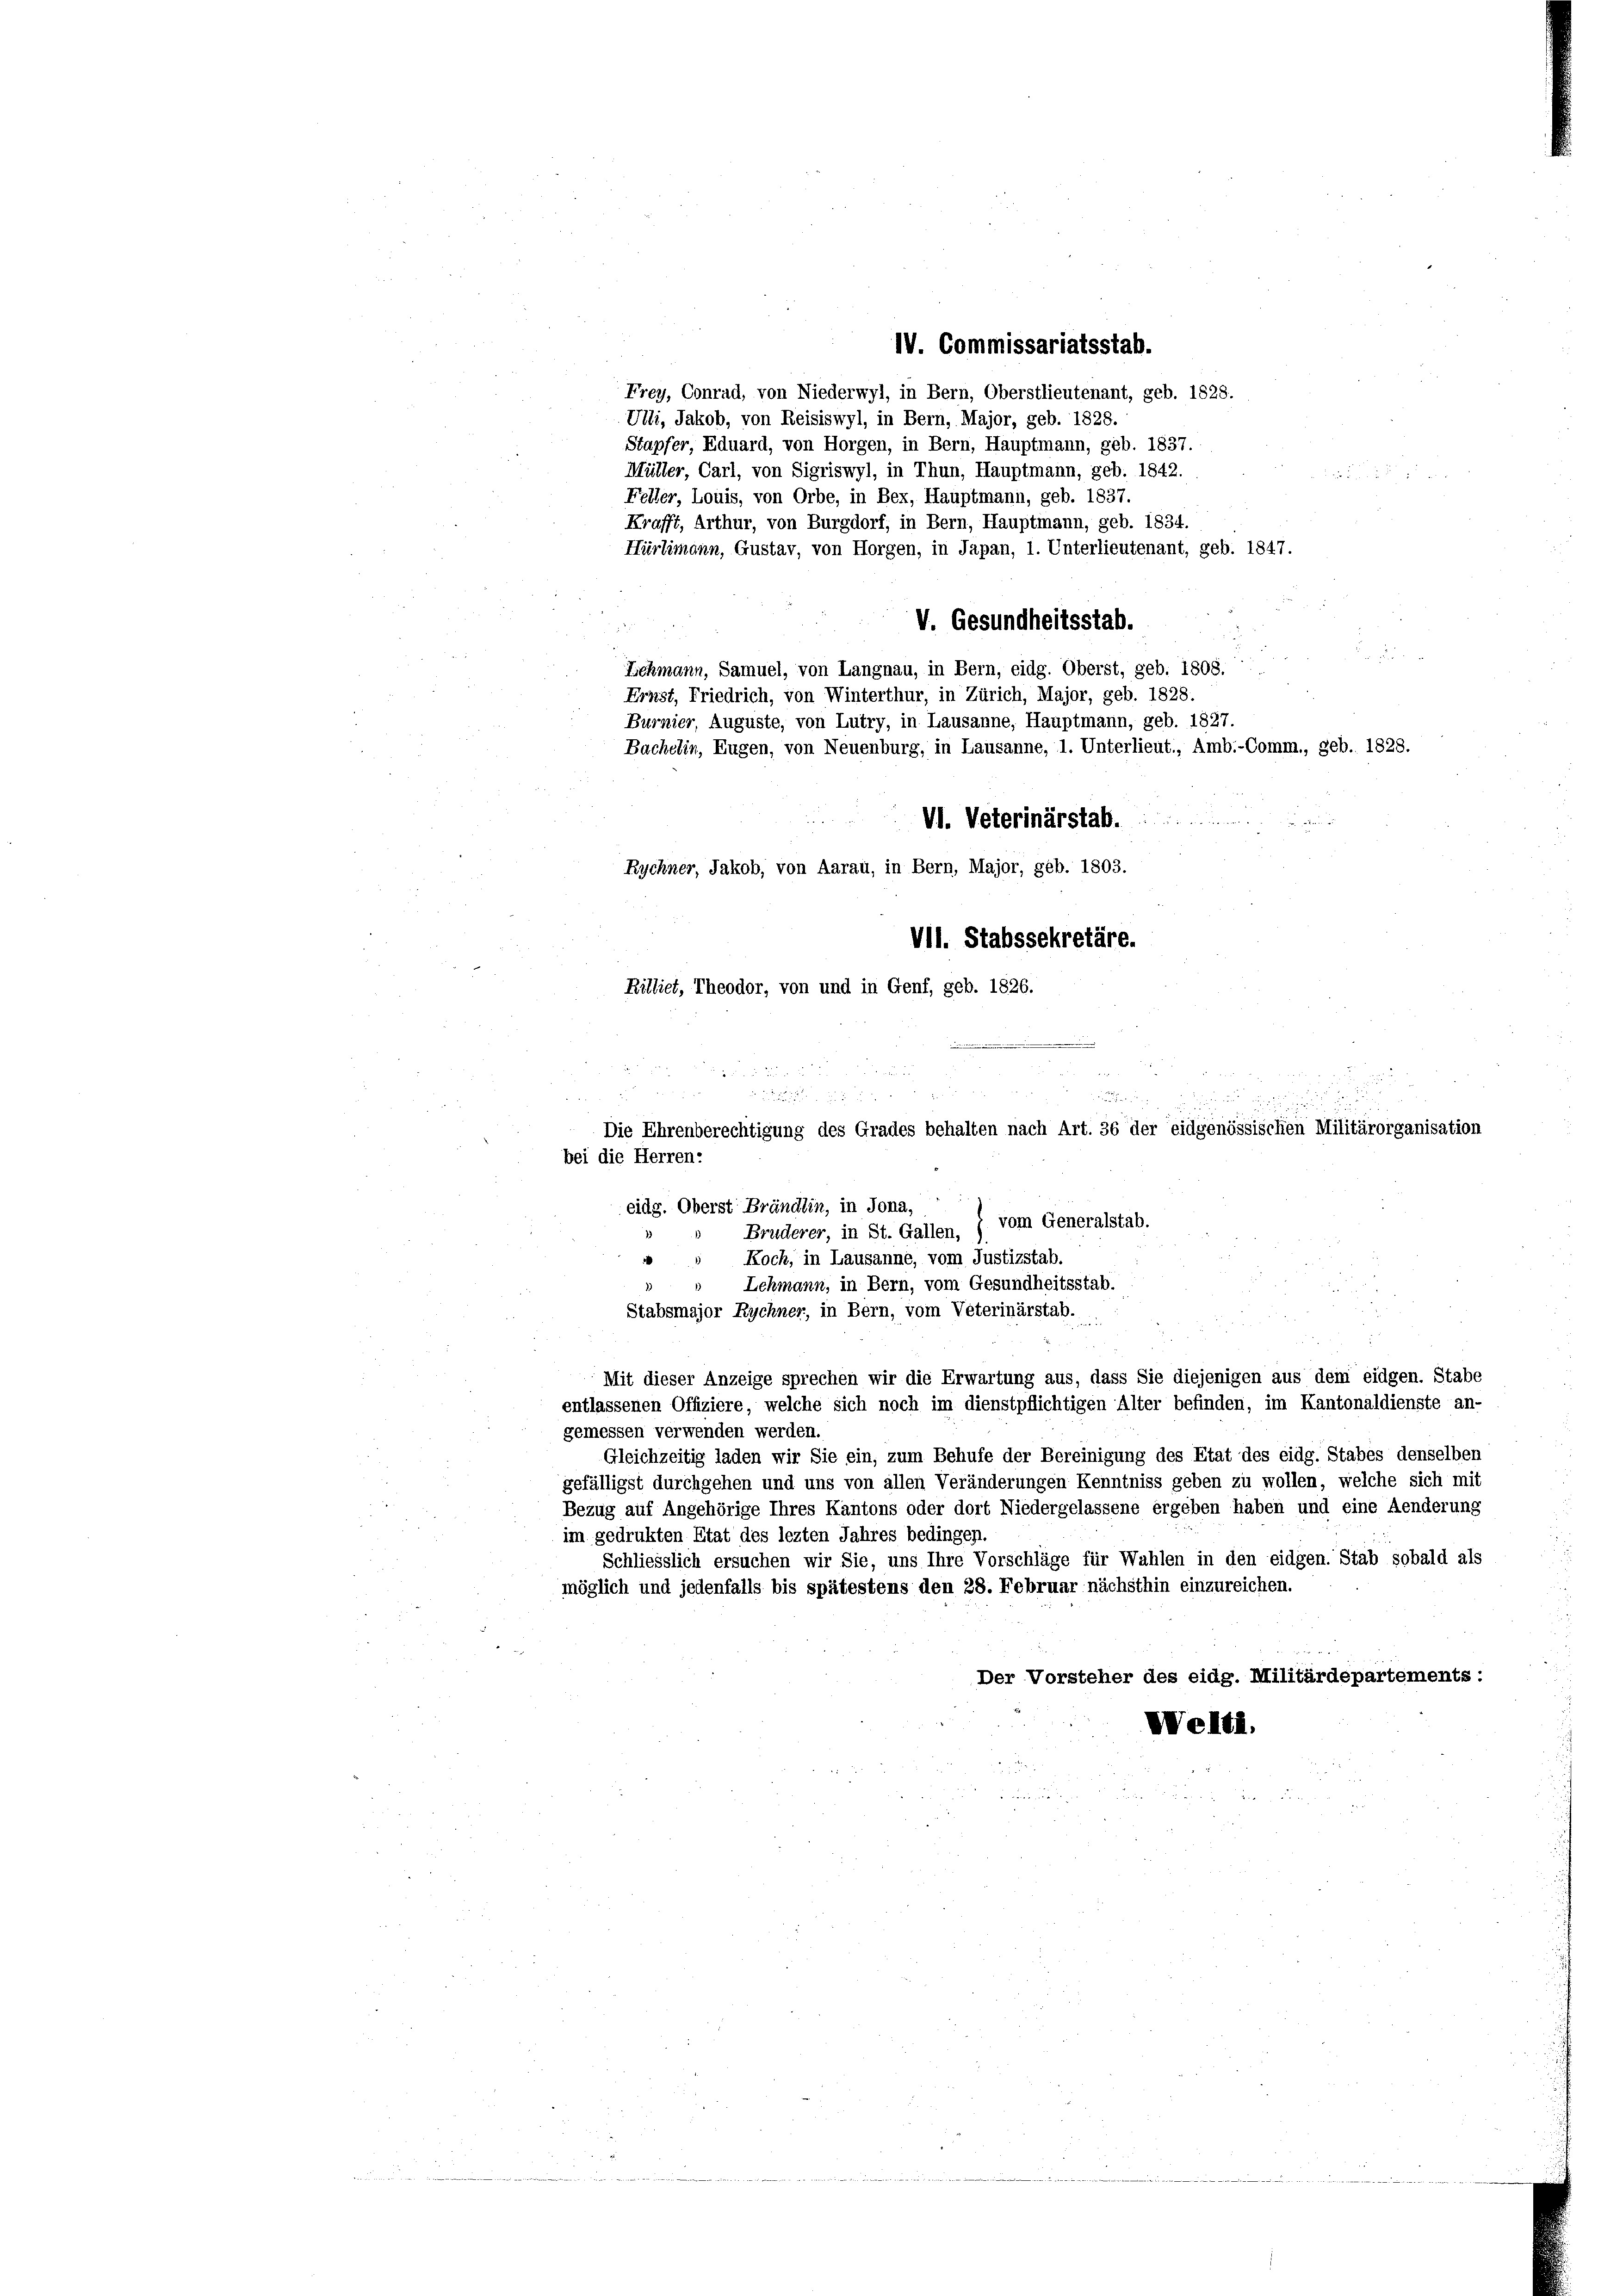
Burnier, Auguste, von Lutry, in Lausanne, Hauptmann, geb. 1827.
Bachelin, Eugen, von Neuenburg, in Lausanne, 1. Unterlieut., Amb.-Comm., geb. 1828.
VI. Veterinärstab.
Rychner, Jakob, von Aarau, in Bern, Major, geb. 1803.
VII. Stabssekretäre.
Rilliet, Theodor, von und in Genf, geb. 1826.

Die Ehrenberechtigung des Grades behalten nach Art. 36 der eidgenössischen Militärorganisation
bei die Herren:

IV. Commissariatsstab.

Frey, Conrad, von Niederwyl, in Bern, Oberstlieutenant, geb. 1828.
Ulli, Jakob, von Reisiswyl, in Bern, Major, geb. 1828.
Stapfer, Eduard, von Horgen, in Bern, Hauptmann, geb. 1837.
Müller, Carl, von Sigriswyl, in Thun, Hauptmann, geb. 1842.
Feller, Louis, von Orbe, in Bex, Hauptmann, geb. 1837.
Krafft, Arthur, von Burgdorf, in Bern, Hauptmann, geb. 1834.
Hürlimann, Gustav, von Horgen, in Japan, 1. Unterlieutenant, geb. 1847.
V. Gesundheitsstab.
Lehmann, Samuel, von Langnau, in Bern, eidg. Oberst, geb. 1808.
Erzst, Friedrich, von Winterthur, in Zürich, Major, geb. 1828.

eidg. Oberst Brändlin, in Jona,
 Bruderer, in St. Gallen, J. vom Generalstab.
13
 Koch, in Lausanne, vom Justizstab.
 Lehmann, in Bern, vom Gesundheitsstab.
Stabsmajor Rychner, in Bern, vom Veterinärstab.
Mit dieser Anzeige sprechen wir die Erwartung aus, dass Sie diejenigen aus dem eidgen. Stabe
entlassenen Offiziere, welche sich noch im dienstpflichtigen Alter befinden, im Kantonaldienste an-
gemessen verwenden werden.
Gleichzeitig laden wir Sie ein, zum Behufe der Bereinigung des Etat des eidg. Stabes denselben
gefälligst durchgehen und uns von allen Veränderungen Kenntniss geben zu wollen, welche sich mit
Bezug auf Angehörige Ihres Kantons oder dort Niedergelassene ergeben haben und eine Aenderung
im gedrukten Etat des lezten Jahres bedingen.
Schliesslich ersuchen wir Sie, uns Ihre Vorschläge für Wahlen in den eidgen. Stab sobald als
möglich und jedenfalls bis spätestens den 28. Februar nächsthin einzureichen.
Der Vorsteher des eidg. Militärdepartements:
Welti.